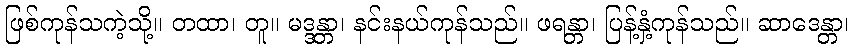
ဖြစ်ကုန်သကဲ့သို့။ တထာ၊ တူ။ မဒ္ဒန္တာ၊ နင်းနယ်ကုန်သည်။ ဖရန္တာ၊ ပြန့်နှံ့ကုန်သည်။ ဆာဒေန္တာ၊